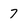
Character: 7